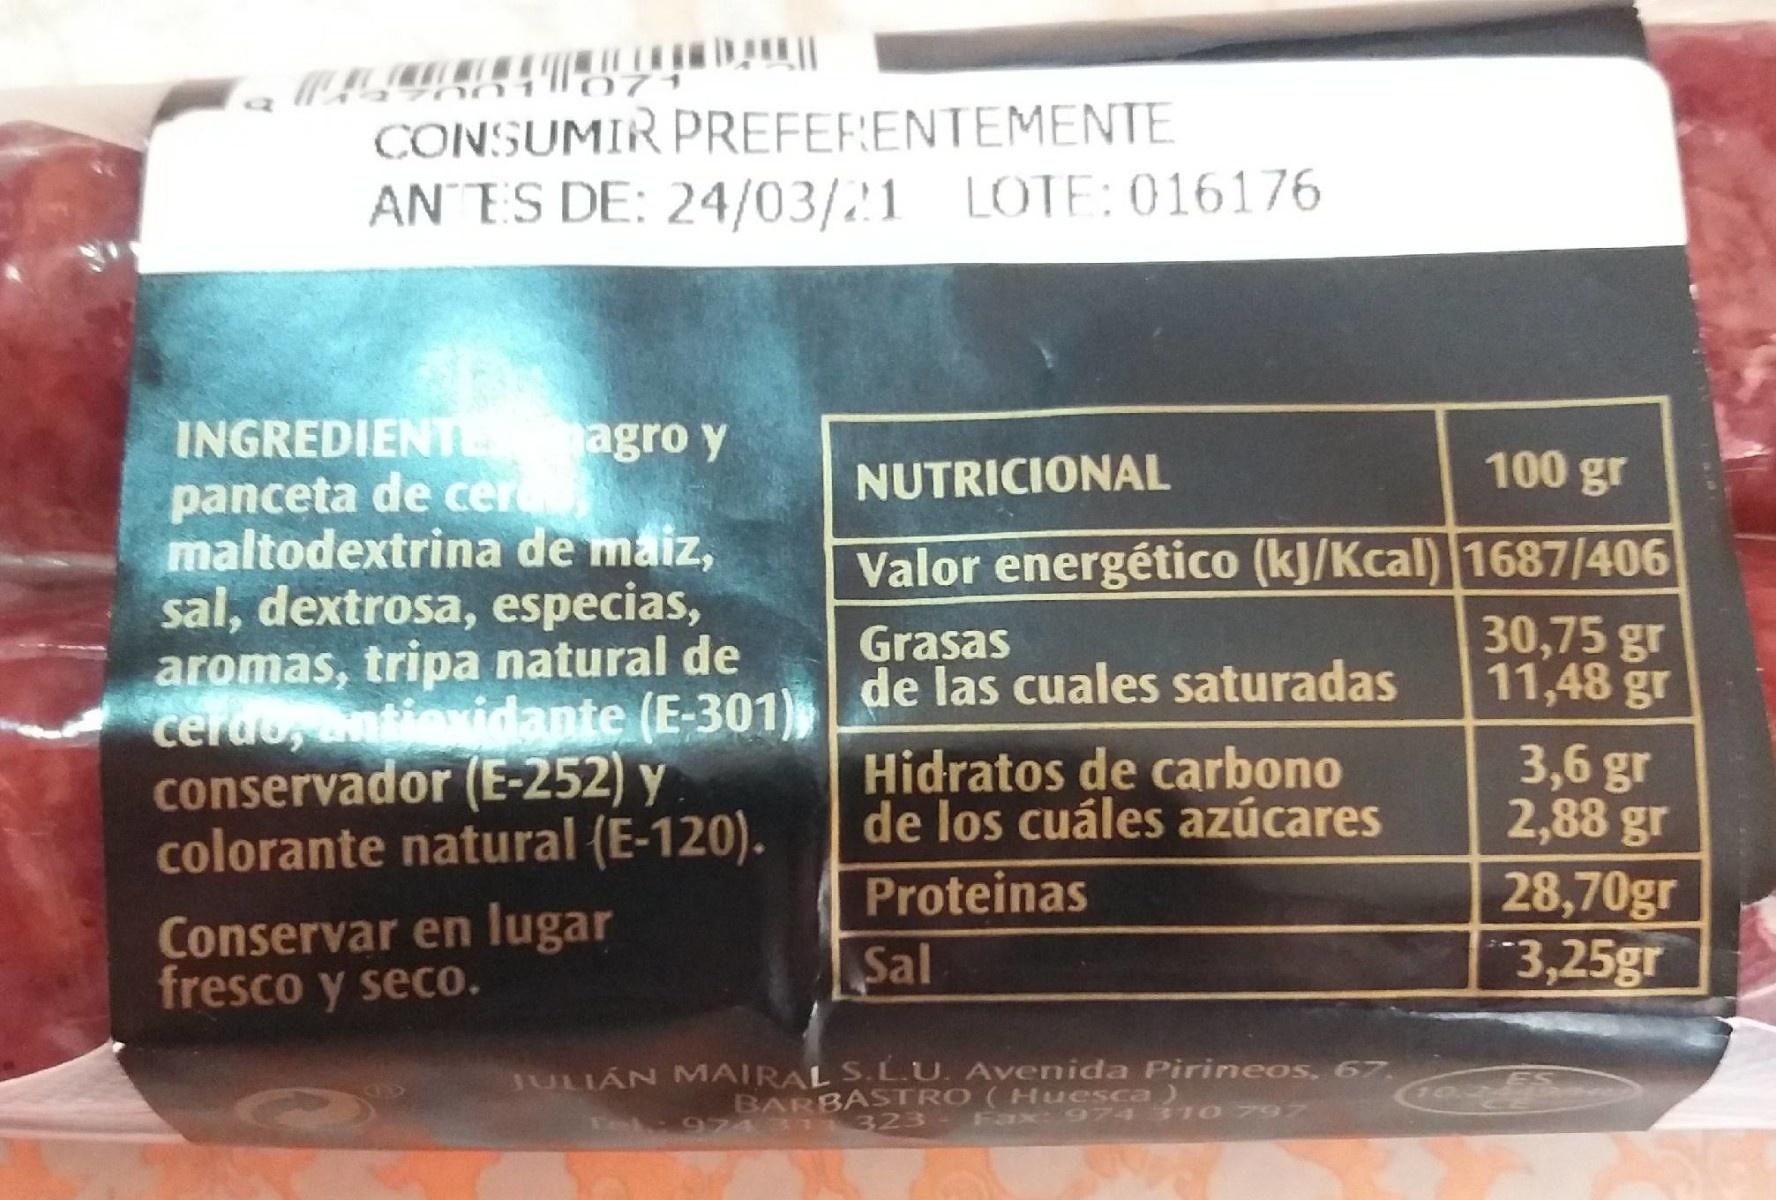
01071
CONSUMIR PREFERENTEMENTE
AN ES DE: 24/03/21 LOTE:016176
INGREDIENTE agro y panceta de cer maltodextrina de maiz, sal, dextrosa, especias, aromas, tripa natural de cerdo, antioxidante (E-301) conservador (E-252) y colorante natural (E-120).
NUTRICIONAL
100 gr
Valor energético (kJ/Kcal) 1687/406 30,75 gr 11,48 gr
Grasas de las cuales saturadas
3,6 gr 2,88 gr 28,70gr 3,25gr
Hidratos de carbono de los cuáles azúcares
Proteinas
Conservar en lugar fresco y seco.
Sal
JULIÁN MAIRAL S.L.U. Avenida Pirineos, 67.
BARBASTRO 9743 1323 - Fax 974 3 10 79
Huesca